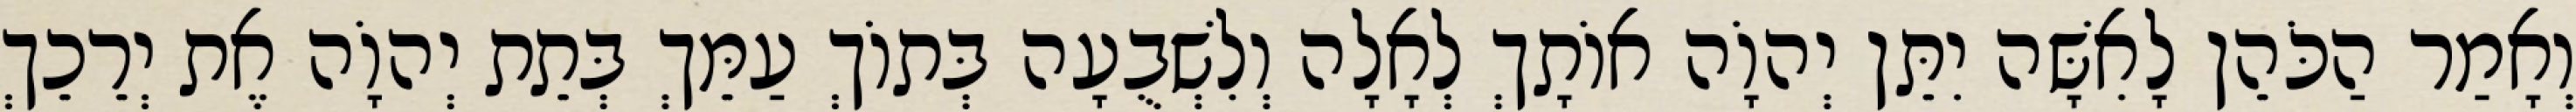
וְאָמַר הַכֹּהֵן לָאִשָּׁה יִתֵּן יְהוָֹה אוֹתָךְ לְאָלָה וְלִשְׁבֻעָה בְּתוֹךְ עַמֵּךְ בְּתֵת יְהוָֹה אֶת יְרֵכֵךְ